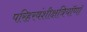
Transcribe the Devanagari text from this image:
परिहरवंशीक्षत्रियॉणॉ